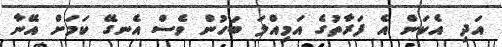
އަދި އެކަން އެ ފަރާތުގެ އަމިއްލަ ބަހުން ވެސް އެނގޭ ކަމަށް އޭނާ